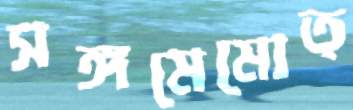
সঙ্গমেমোত্